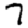
Digit: 7